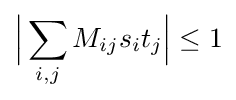
{\Big |}\sum _{i,j}M_{ij}s_{i}t_{j}{\Big |}\leq 1